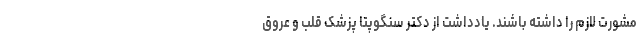
مشورت لازم را داشته باشند. یادداشت از دکتر سنگوپتا پزشک قلب و عروق